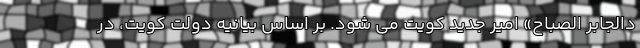
دالجابر الصباح» امیر جدید کویت می شود. بر اساس بیانیه دولت کویت، در